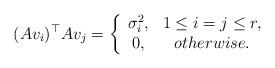
LaTeX: \begin{align*}(Av_i)^\top Av_j=\left\{\begin{array}{cc} \sigma_i^2, & 1\le i=j\le r,\\ 0, & otherwise.\end{array}\right.\end{align*}